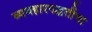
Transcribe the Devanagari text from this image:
व्यवहारपद्धतींचा